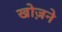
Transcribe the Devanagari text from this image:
खोज़ने